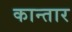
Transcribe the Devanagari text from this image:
कान्तार